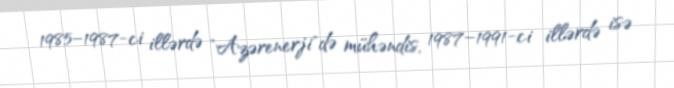
1985–1987-ci illərdə "Azərenerji"də mühəndis, 1987–1991-ci illərdə isə